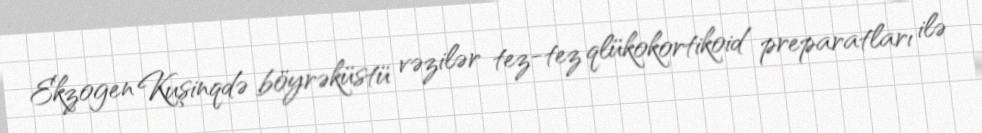
Ekzogen Kuşinqdə böyrəküstü vəzilər tez-tez qlükokortikoid preparatları ilə